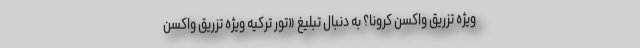
ویژه تزریق واکسن کرونا؟ به دنبال تبلیغ «تور ترکیه ویژه تزریق واکسن